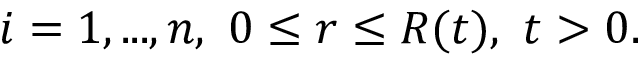
\ i = 1 , . . . , n , \ 0 \leq r \leq R ( t ) , \ t > 0 .